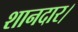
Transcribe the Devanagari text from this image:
शानदार।